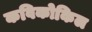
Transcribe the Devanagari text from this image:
कविकोकिल